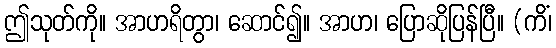
ဤသုတ်ကို။ အာဟရိတွာ၊ ဆောင်၍။ အာဟ၊ ပြောဆိုပြန်ပြီ။ (ကိံ၊